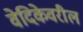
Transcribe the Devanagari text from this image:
वेदिकेवरील